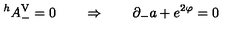
^ h A _ { - } ^ { \mathrm { \tiny V } } = 0 \qquad \Rightarrow \qquad \partial _ { - } a + e ^ { 2 \varphi } = 0